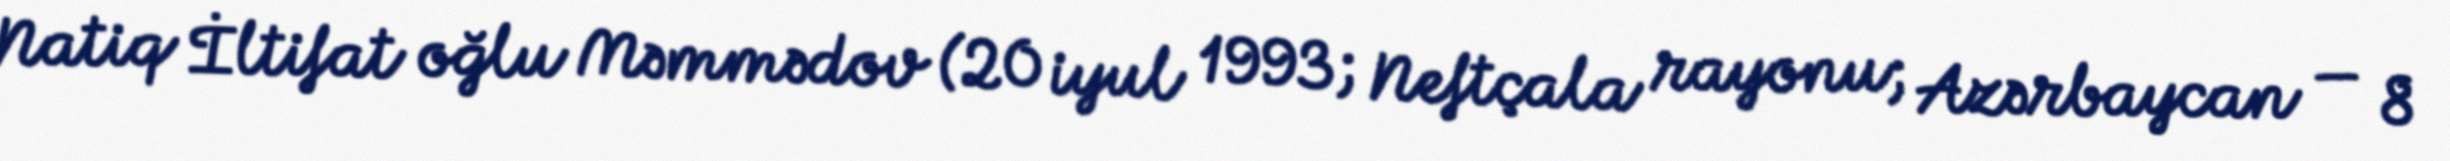
Natiq İltifat oğlu Məmmədov (20 iyul 1993; Neftçala rayonu; Azərbaycan — 8